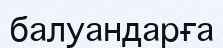
балуандарға